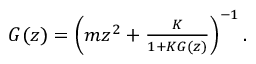
\begin{array} { r } { G ( z ) = \left( m z ^ { 2 } + \frac { K } { 1 + K G ( z ) } \right) ^ { - 1 } . } \end{array}